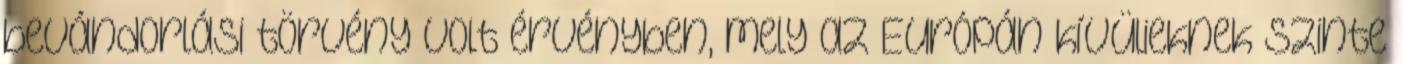
bevándorlási törvény volt érvényben, mely az Európán kívülieknek szinte